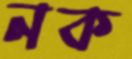
নক